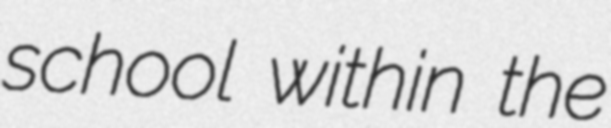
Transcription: school within the